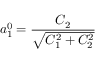
a _ { 1 } ^ { 0 } = \frac { C _ { 2 } } { \sqrt { C _ { 1 } ^ { 2 } + C _ { 2 } ^ { 2 } } }